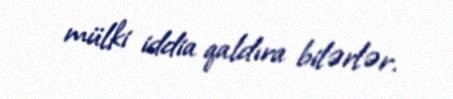
mülki iddia qaldıra bilərlər.